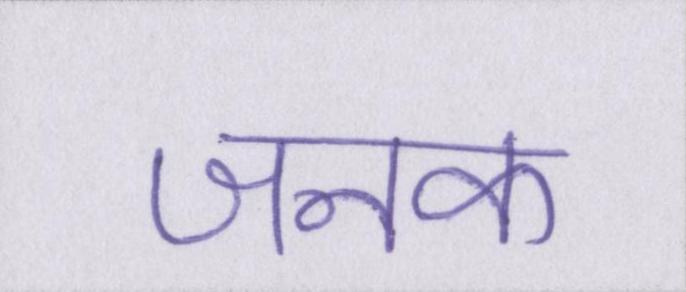
जनक